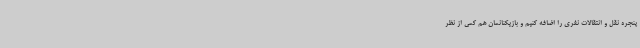
پنجره نقل و انتقالات نفری را اضافه کنیم و بازیکنانمان هم کمی از نظر